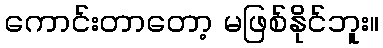
ကောင်းတာတော့ မဖြစ်နိုင်ဘူး။